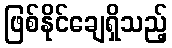
ဖြစ်နိုင်ချေရှိသည့်